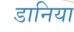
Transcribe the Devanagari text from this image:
डानिया